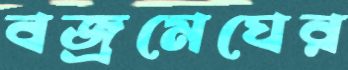
বজ্রমেঘের